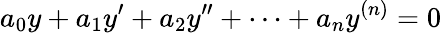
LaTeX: a_{0}y+a_{1}y^{\prime}+a_{2}y^{\prime\prime}+\cdots+a_{n}y^{(n)}=0